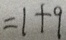
= 1 + 9